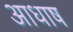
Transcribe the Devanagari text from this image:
आधाष